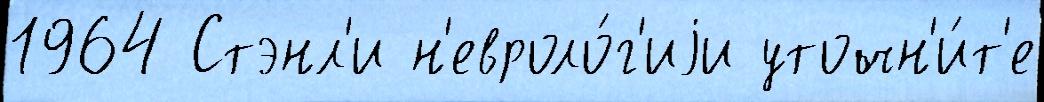
1964 Стэнл'и н'евроло́г'иjи уточн'и́т'е